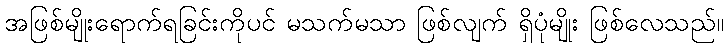
အဖြစ်မျိုးရောက်ရခြင်းကိုပင် မသက်မသာ ဖြစ်လျက် ရှိပုံမျိုး ဖြစ်လေသည်။